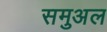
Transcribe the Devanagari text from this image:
समुअल